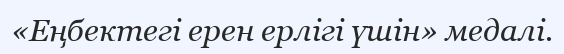
«Еңбектегі ерен ерлігі үшін» медалі.